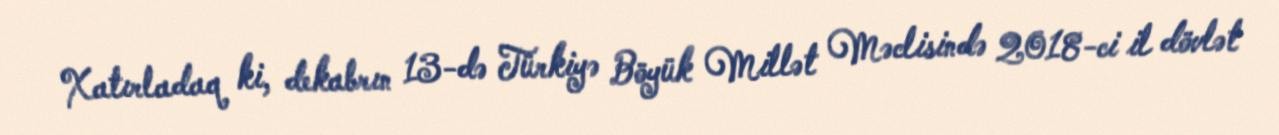
Xatırladaq ki, dekabrın 13-də Türkiyə Böyük Millət Məclisində 2018-ci il dövlət